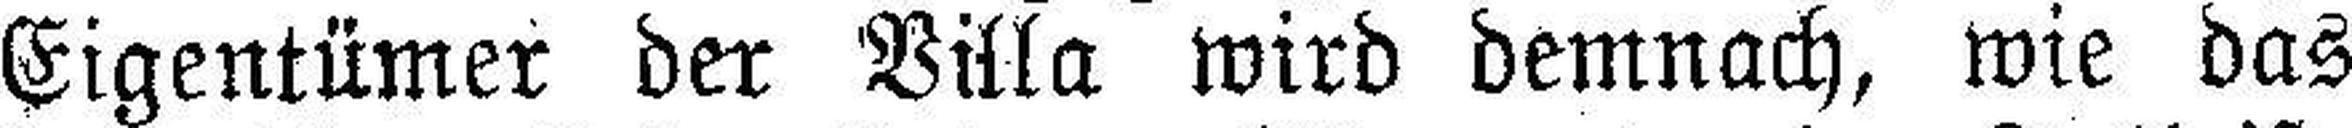
Eigentümer der Villa wird demnach, wie das